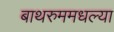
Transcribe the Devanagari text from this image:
बाथरुममधल्‍या